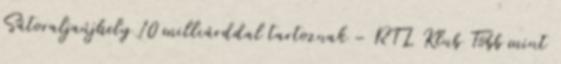
Sátoraljaújhely 10 milliárddal tartoznak – RTL Klub Több mint